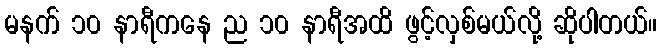
မနက် ၁၀ နာရီကနေ ည ၁၀ နာရီအထိ ဖွင့်လှစ်မယ်လို့ ဆိုပါတယ်။